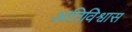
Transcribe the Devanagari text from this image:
अतिविश्वास